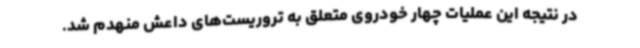
در نتیجه این عملیات چهار خودروی متعلق به تروریست‌های داعش منهدم شد.